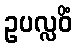
ဥပလ္လဝိံ